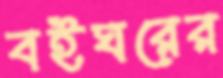
বইঘরের